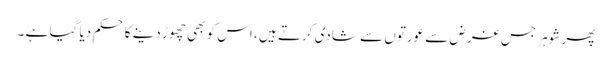
پھر شوہر جس غرض سے عورتوں سے شادی کرتے ہیں ، اس کو بھی چھوڑ دینے کا حکم دیا گیا ہے ۔